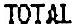
TOTAL